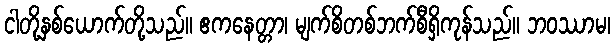
ငါတို့နှစ်ယောက်တို့သည်။ ဧကနေတ္တာ၊ မျက်စိတစ်ဘက်စီရှိကုန်သည်။ ဘဝဿာမ၊